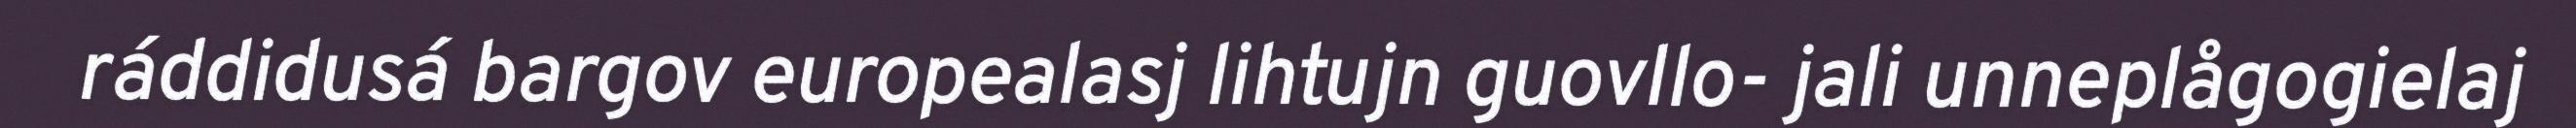
ráddidusá bargov europealasj lihtujn guovllo- jali unneplågogielaj